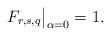
\begin{align*}F_{r,s,q}\big|_{\alpha=0}=1.\end{align*}